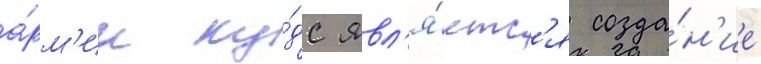
а́рм'ии ку́дс явл'я́етс'я созда́н'ие